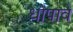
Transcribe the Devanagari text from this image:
धोपावे